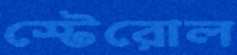
স্টেরোল